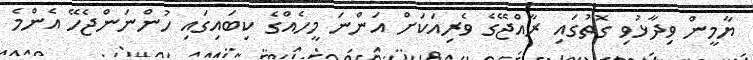
ޔާމީން ވިދާޅުވި ގޮތުގައި ރާއްޖޭގެ ވެރިއަކަށް އަންނަ މީހެއްގެ ކިބައިގައި ހުންނަންޖެހޭ އެންމެ